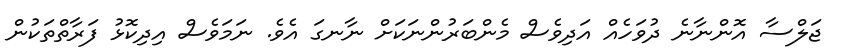
ޖަލްސާ އޮންނާނެ ދުވަހެއް އަދިވެސް މެންބަރުންނަކަށް ނާނގަ އެވެ. ނަމަވެސް އިދިކޮޅު ފަރާތްތަކުން